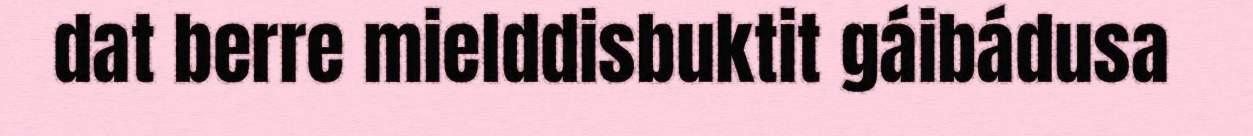
dat berre mielddisbuktit gáibádusa